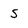
Character: S